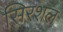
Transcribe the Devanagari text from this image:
सिरशल